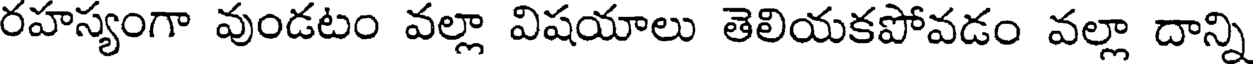
రహస్యంగా వుండటం వల్లా విషయాలు తెలియకపోవడం వల్లా దాన్ని